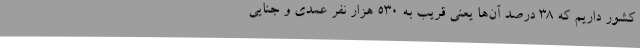
کشور داریم که ۳۸ درصد آن‌ها یعنی قریب به ۵۳۰ هزار نفر عمدی و جنایی